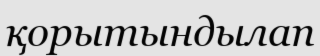
қорытындылап